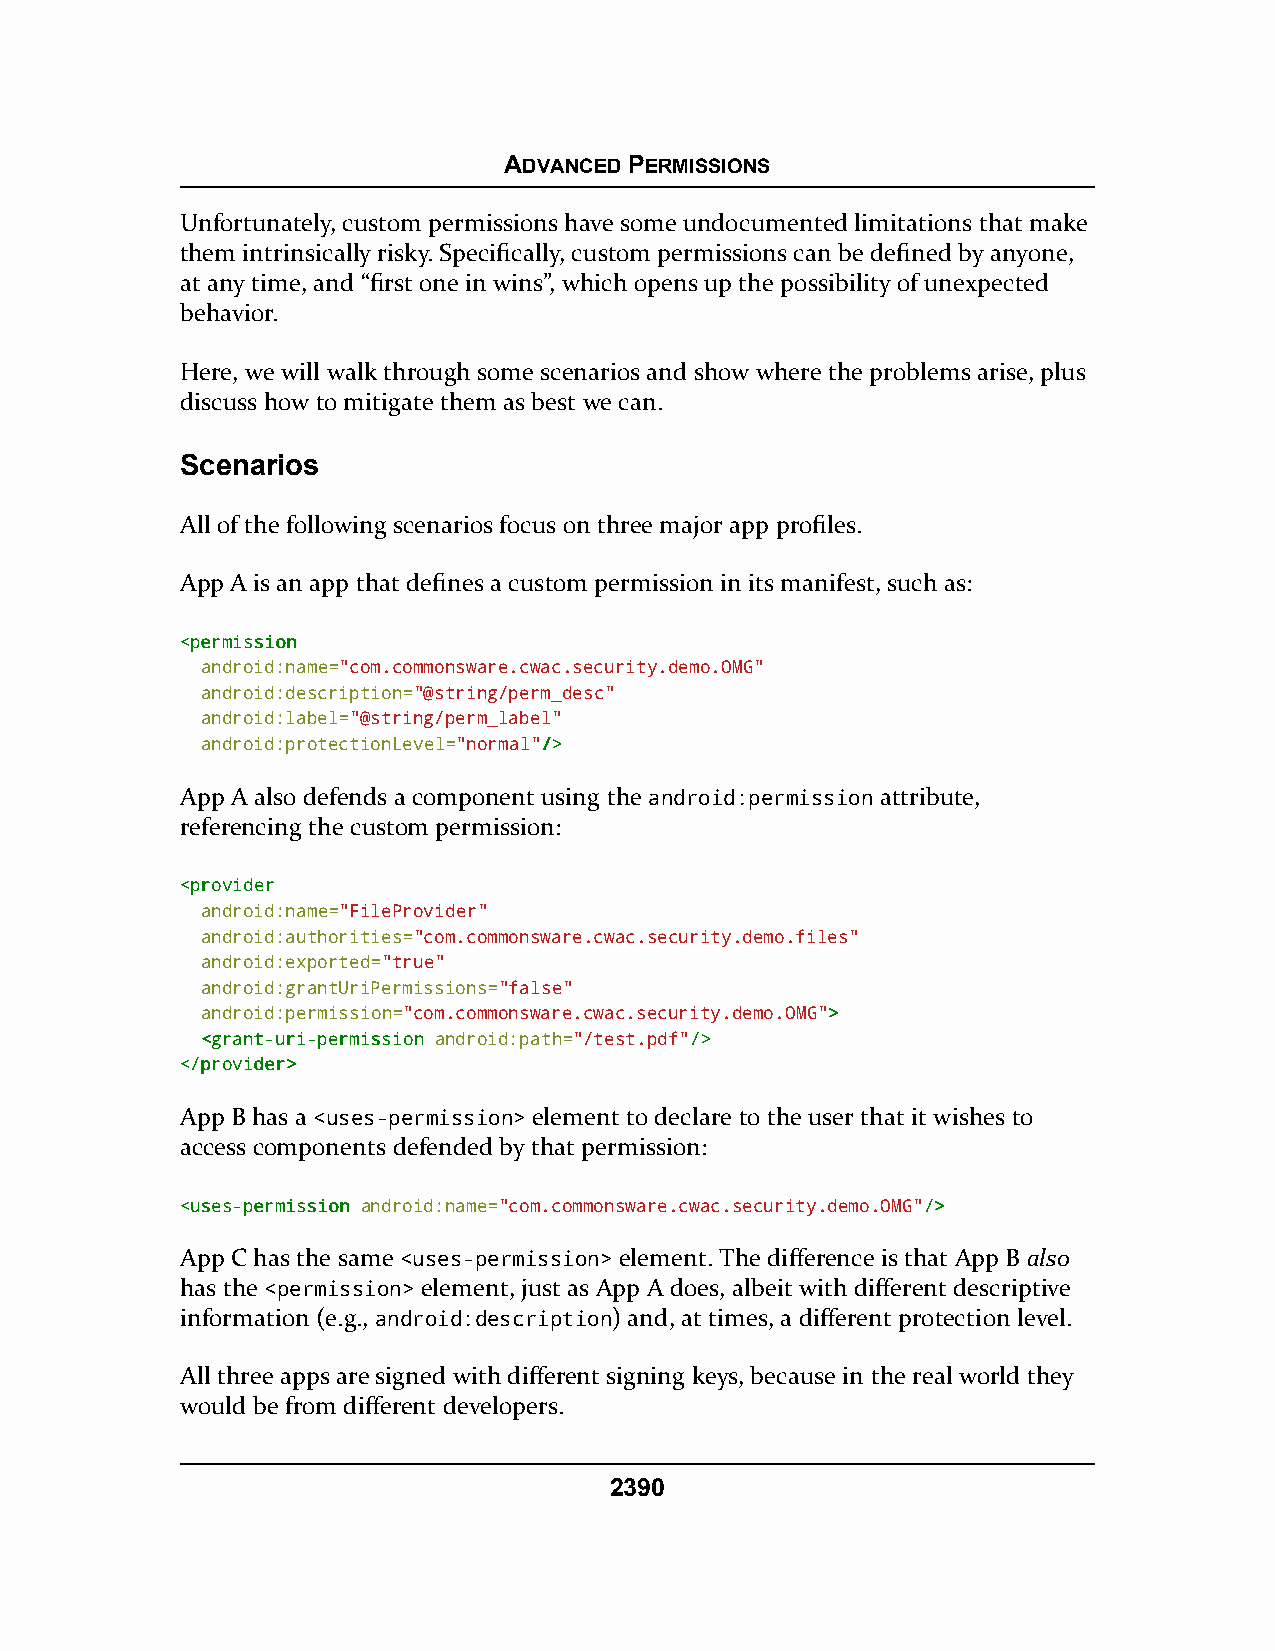
ADVANCED PERMISSIONS
 Unfortunately, custom permissions have some undocumented limitations that make
 them intrinsically risky. Specifically, custom permissions can be defined by anyone,
 at any time, and “first one in wins”, which opens up the possibility of unexpected
 behavior.
 Here, we will walk through some scenarios and show where the problems arise, plus
 discuss how to mitigate them as best we can.
 Scenarios
 All of the following scenarios focus on three major app profiles.
 App A is an app that defines a custom permission in its manifest, such as:
 <<ppeerrmmiissssiioonn
 android:name="com.commonsware.cwac.security.demo.OMG"
 android:description="@string/perm_desc"
 android:label="@string/perm_label"
 android:protectionLevel="normal"//>>
 App A also defends a component using the android:permission attribute,
 referencing the custom permission:
 <<pprroovviiddeerr
 android:name="FileProvider"
 android:authorities="com.commonsware.cwac.security.demo.files"
 android:exported="true"
 android:grantUriPermissions="false"
 android:permission="com.commonsware.cwac.security.demo.OMG">>
 <<ggrraanntt--uurrii--ppeerrmmiissssiioonn android:path="/test.pdf"//>>
 <<//pprroovviiddeerr>>
 App B has a <uses-permission> element to declare to the user that it wishes to
 access components defended by that permission:
 <<uusseess--ppeerrmmiissssiioonn android:name="com.commonsware.cwac.security.demo.OMG"//>>
 App C has the same <uses-permission> element. The difference is that App B also
 has the <permission> element, just as App A does, albeit with different descriptive
 information (e.g., android:description) and, at times, a different protection level.
 All three apps are signed with different signing keys, because in the real world they
 would be from different developers.
 2390